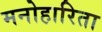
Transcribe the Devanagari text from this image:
मनोहारिता